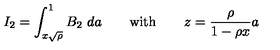
I _ { 2 } = \int _ { x \sqrt { \rho } } ^ { 1 } B _ { 2 } \ d a \qquad \mathrm { w i t h } \qquad { \displaystyle z = { \frac { \rho } { 1 - \rho x } } a }